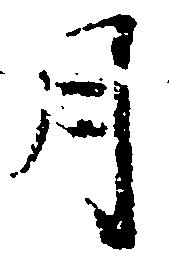
月